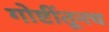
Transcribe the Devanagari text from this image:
गोष्टींतूनच